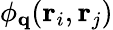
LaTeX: \phi_{\mathbf{q}}(\mathbf{r}_{i},\mathbf{r}_{j})